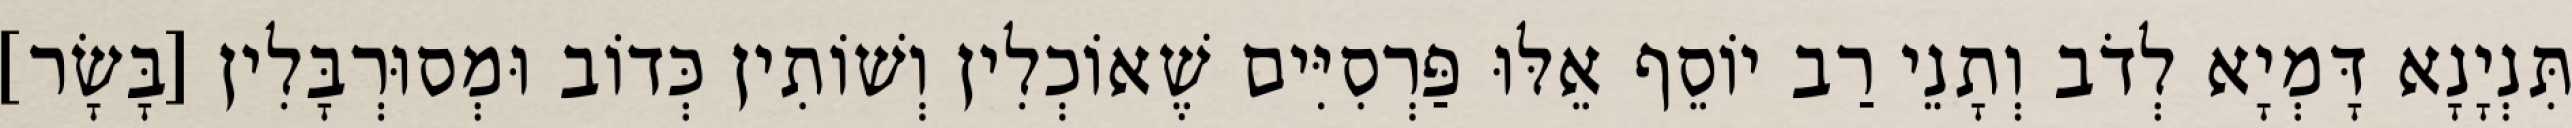
תִּנְיָנָא דָּמְיָא לְדֹב וְתָנֵי רַב יוֹסֵף אֵלּוּ פַּרְסִיִּים שֶׁאוֹכְלִין וְשׁוֹתִין כְּדוֹב וּמְסוּרְבָּלִין [בָּשָׂר]